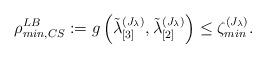
LaTeX: \begin{align*}\rho_{min,CS}^{LB}:=g\left(\tilde{\lambda}_{[3]}^{\left(J_{\lambda}\right)},\tilde{\lambda}_{[2]}^{\left(J_{\lambda}\right)}\right)\leq\zeta_{min}^{\left(J_{\lambda}\right)}.\end{align*}